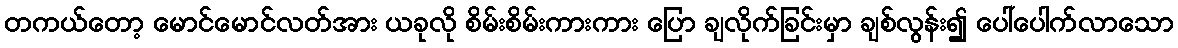
တကယ်တော့ မောင်မောင်လတ်အား ယခုလို စိမ်းစိမ်းကားကား ပြော ချလိုက်ခြင်းမှာ ချစ်လွန်း၍ ပေါ်ပေါက်လာသော